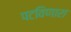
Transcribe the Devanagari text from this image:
पटविणारा